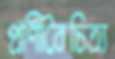
প্রাণীবৈচিত্র্য